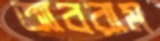
আবরাম